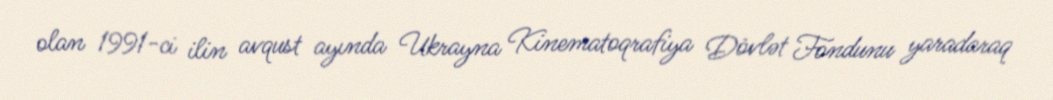
olan 1991-ci ilin avqust ayında Ukrayna Kinematoqrafiya Dövlət Fondunu yaradaraq